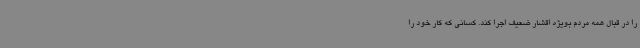
را در قبال همه مردم بویژه اقشار ضعیف اجرا کند. کسانی که کار خود را